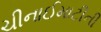
ચીનાઈમાટીની